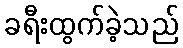
ခရီးထွက်ခဲ့သည်